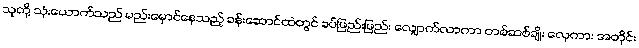
သူတို့ သုံးယောက်သည် မည်းမှောင်နေသည့် ခန်းဆောင်ထဲတွင် ခပ်ဖြည်းဖြည်း လျှောက်လာကာ တစ်ဆစ်ချိုး လှေကား အတိုင်း